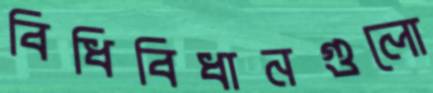
বিধিবিধানগুলো